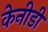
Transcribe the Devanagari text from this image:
केनीडी